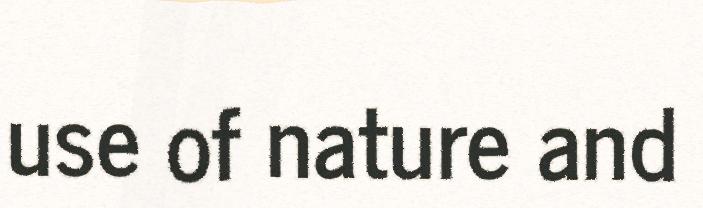
use of nature and